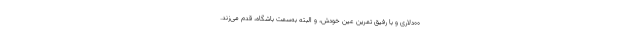
۰۰دلاری و با رفیق تمرینِ عین خودش، و البته به‌سمت باشگاه، قدم می‌زند.